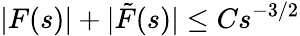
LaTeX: |F(s)|+|\tilde{F}(s)|\le Cs^{-3/2}